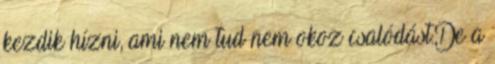
kezdik hízni, ami nem tud nem okoz csalódást.De a